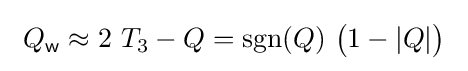
\ Q_{\mathsf {w}}\approx 2\ T_{3}-Q=\operatorname {sgn} (Q)\ {\big (}1-|Q|{\big )}\